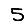
Digit: 5